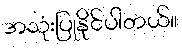
အသုံးပြုနိုင်ပါတယ်။